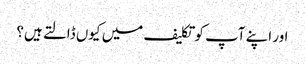
اور اپنے آپ کو تکلیف میں کیوں ڈالتے ہیں؟